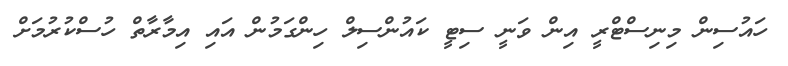
ހައުސިން މިނިސްޓްރީ އިން ވަނީ ސިޓީ ކައުންސިލް ހިންގަމުން އައި އިމާރާތް ހުސްކުރުމަށް